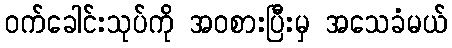
ဝက်ခေါင်းသုပ်ကို အဝစားပြီးမှ အသေခံမယ်